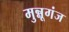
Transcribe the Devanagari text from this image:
मुन्नूगंज